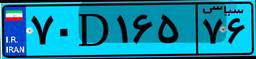
۴۷D۹۳۱۵۸